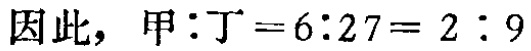
因此，甲:丁 = 6:27 = 2:9